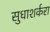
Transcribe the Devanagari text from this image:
सुधाशर्करा